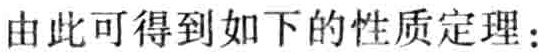
由此可得到如下的性质定理：